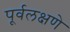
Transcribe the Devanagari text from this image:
पूर्वलक्षणे